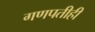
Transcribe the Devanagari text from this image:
गणपतीही